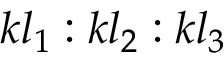
k l _ { 1 } : k l _ { 2 } : k l _ { 3 }